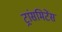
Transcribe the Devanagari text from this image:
ट्रांसमिटेंस